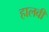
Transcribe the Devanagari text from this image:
हालवी